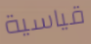
قياسية